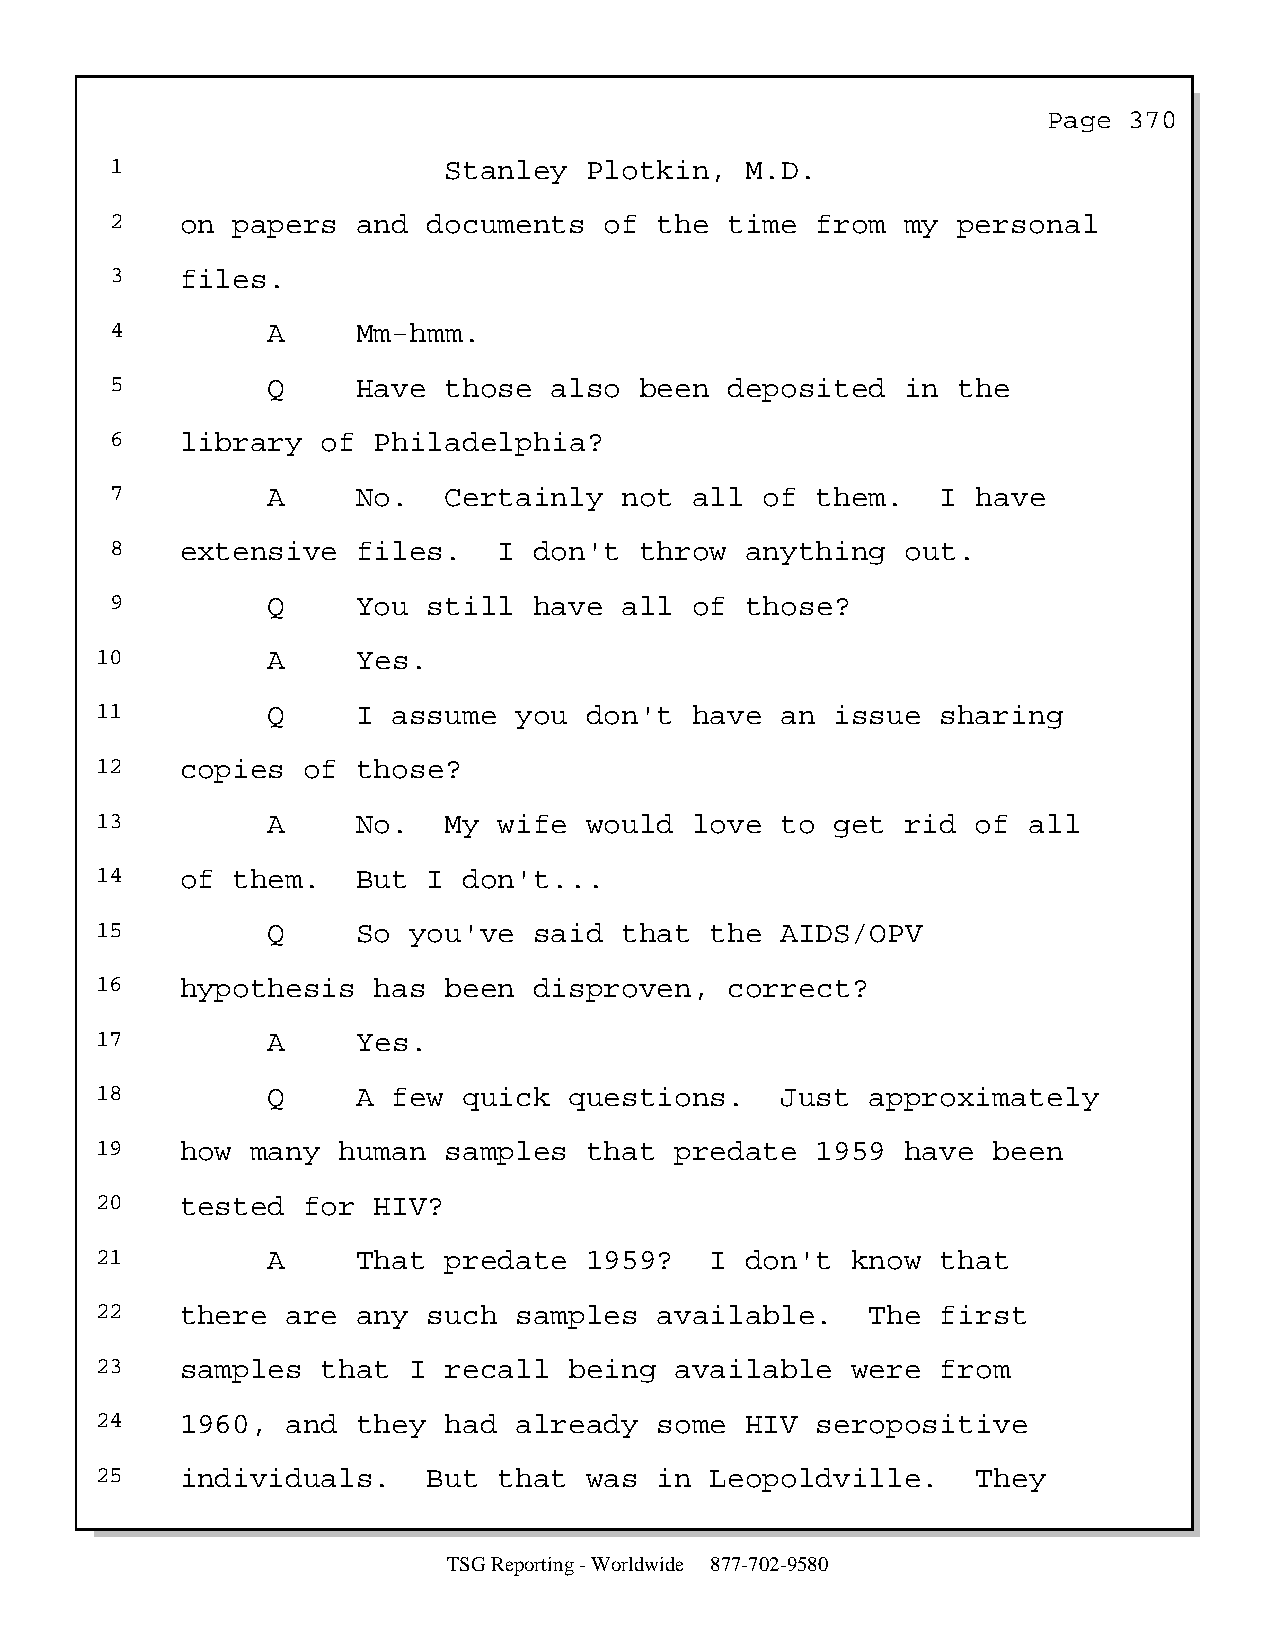
Page  370
 1                     Stanley   Plotkin,  M.D.
 2    on papers   and documents   of  the time  from  my personal
 3    files.
 4          A     Mm-hmm.
 5          Q     Have those  also  been  deposited   in the
 6    library  of  Philadelphia?
 7          A     No.  Certainly   not  all  of them.   I  have
 8    extensive   files.   I don't  throw  anything   out.
 9          Q     You still  have  all  of those?
 10          A     Yes.
 11          Q     I assume  you  don't  have  an issue  sharing
 12    copies  of  those?
 13          A     No.  My  wife  would  love  to get  rid  of all
 14    of them.    But I  don't...
 15          Q     So you've  said  that  the  AIDS/OPV
 16    hypothesis   has been  disproven,   correct?
 17          A     Yes.
 18          Q     A few  quick  questions.    Just  approximately
 19    how  many human  samples   that  predate  1959  have  been
 20    tested  for  HIV?
 21          A     That predate   1959?   I don't  know  that
 22    there  are  any such  samples   available.    The first
 23    samples  that  I recall   being  available  were  from
 24    1960,  and  they had  already   some HIV  seropositive
 25    individuals.    But  that  was  in Leopoldville.     They
 TSG Reporting - Worldwide 877-702-9580